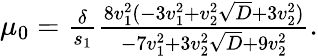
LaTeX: \begin{array}{r}{\mu_{0}=\frac{\delta}{s_{1}}\frac{8v_{1}^{2}(-3v_{1}^{2}+v_{2}^{2}\sqrt{D}+3v_{2}^{2})}{-7v_{1}^{2}+3v_{2}^{2}\sqrt{D}+9v_{2}^{2}}.}\end{array}